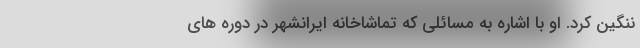
ننگین کرد. او با اشاره به مسائلی که تماشاخانه ایرانشهر در دوره های